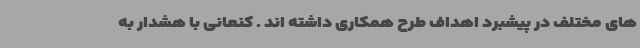
های مختلف در پیشبرد اهداف طرح همکاری داشته اند . کنعانی با هشدار به